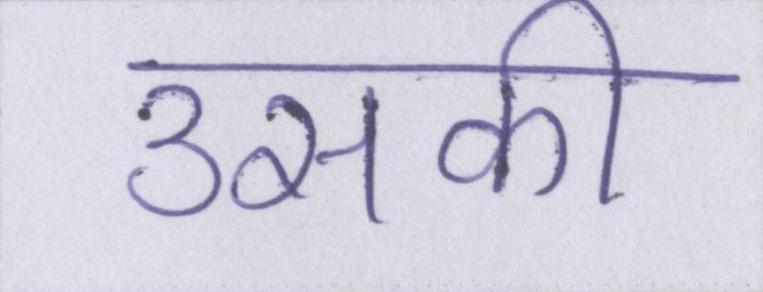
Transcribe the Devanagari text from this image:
उसकी